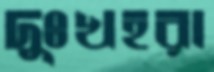
দুঃখহরা